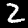
Digit: 2